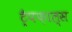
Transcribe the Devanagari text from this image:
ट्रैपफ़ाल्स